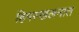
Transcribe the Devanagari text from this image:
हिमस्खलनात